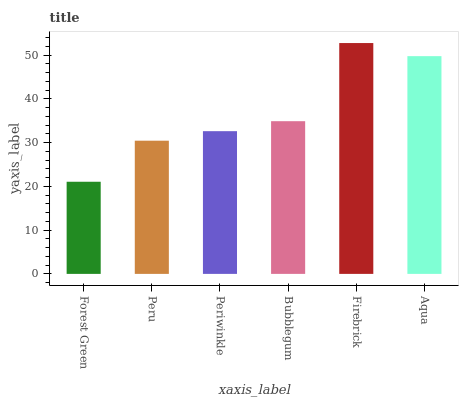
| xaxis_label | bars |
 | --- | --- |
 | Forest Green | 21.1 |
 | Peru | 30.4 |
 | Periwinkle | 32.6 |
 | Bubblegum | 34.9 |
 | Firebrick | 52.8 |
 | Aqua | 49.8 |